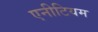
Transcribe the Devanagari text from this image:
एनीटियम